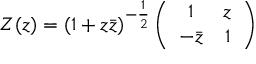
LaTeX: Z ( z ) = ( 1 + z \bar { z } ) ^ { - \frac { 1 } { 2 } } \left( \begin{array} { c c } { { 1 } } & { { z } } \\ { { - \bar { z } } } & { { 1 } } \end{array} \right)